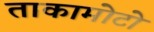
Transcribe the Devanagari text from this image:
ताकामोटो